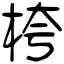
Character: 桍